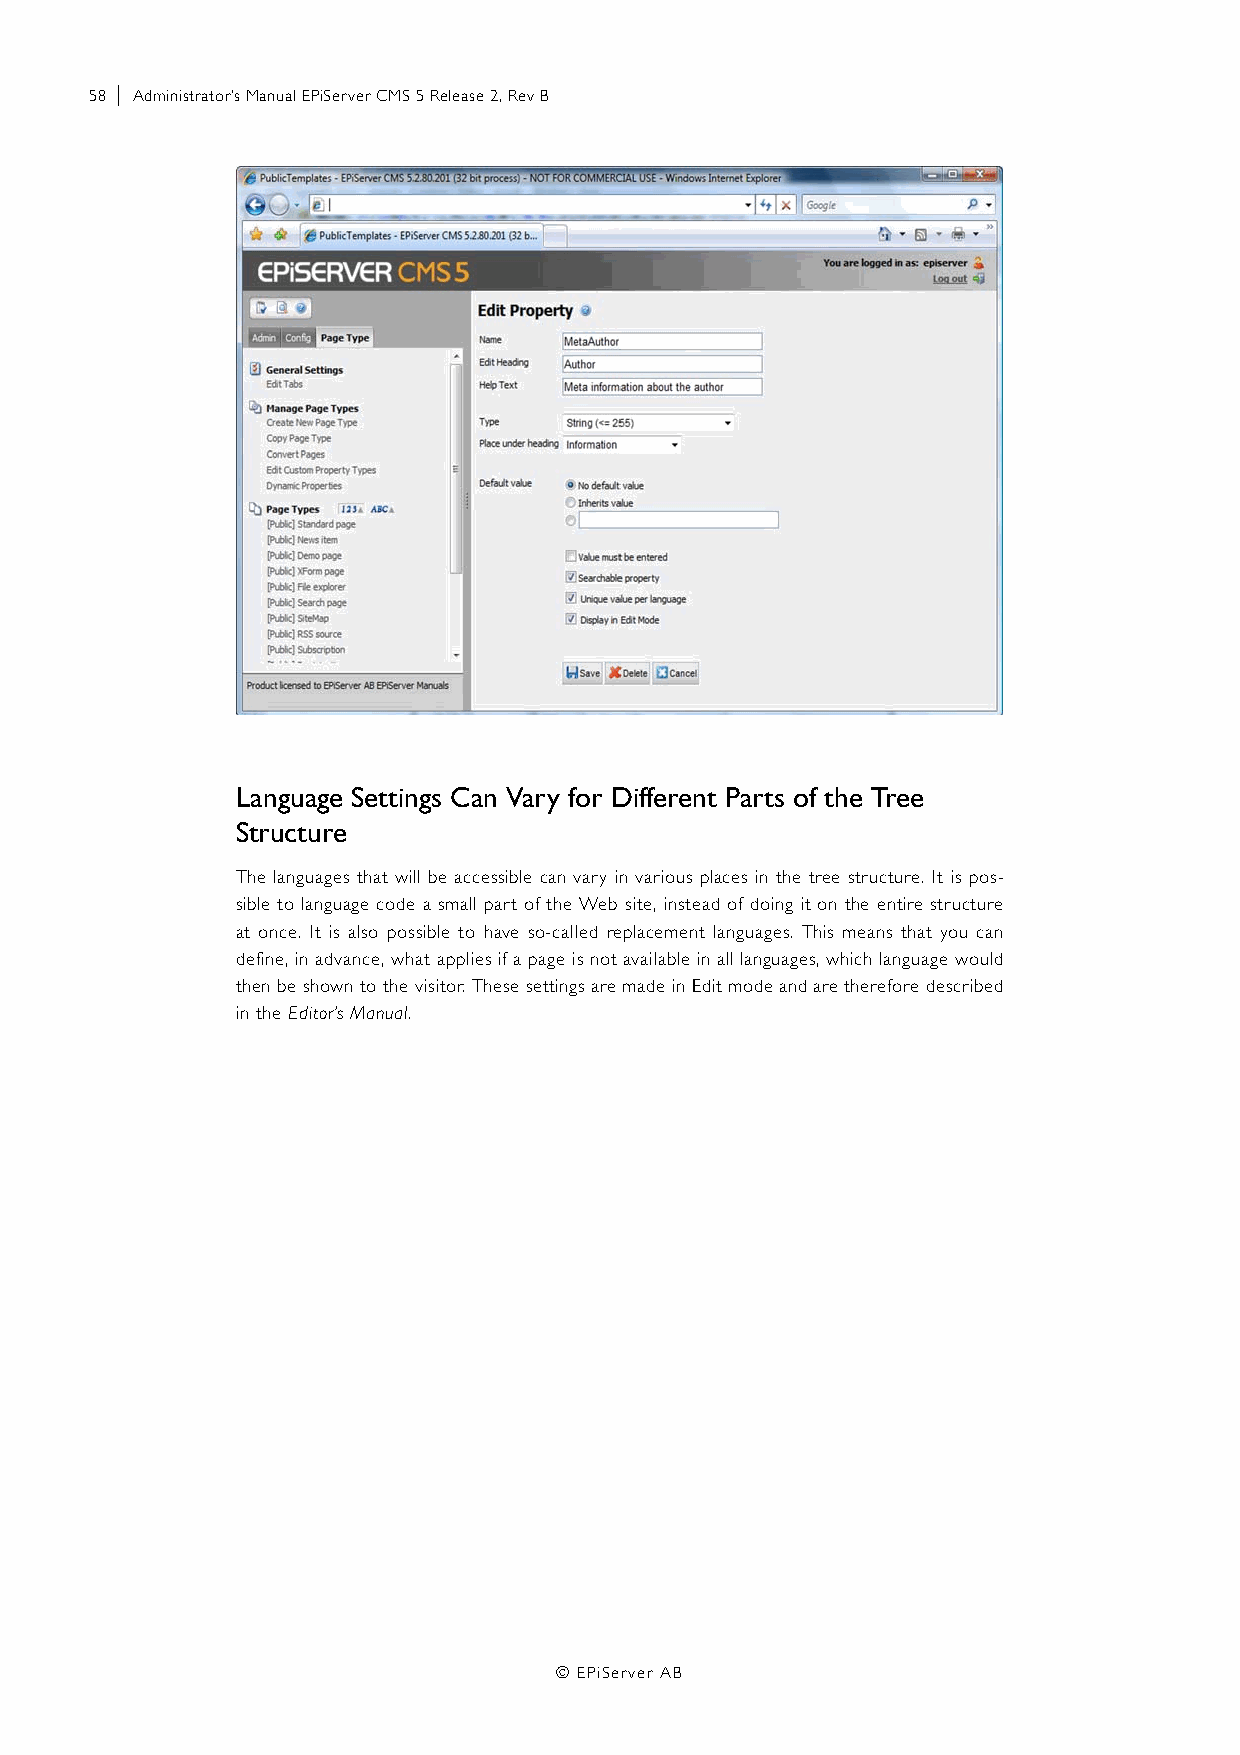
58 | Administrator’s Manual EPiServer CMS 5 Release 2, Rev B
 Language Settings Can Vary for Different Parts of the Tree
 Structure
 The languages that will be accessible can vary in various places in the tree structure. It is pos-
 sible to language code a small part of the Web site, instead of doing it on the entire structure
 at once. It is also possible to have so-called replacement languages. This means that you can
 define, in advance, what applies if a page is not available in all languages, which language would
 then be shown to the visitor. These settings are made in Edit mode and are therefore described
 in the Editor’s Manual.
 © EPiServer AB